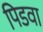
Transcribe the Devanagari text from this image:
पिडवा